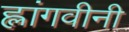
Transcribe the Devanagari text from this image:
ह्लांगवीनी